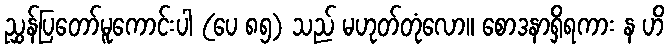
ညွှန်ပြတော်မူကောင်းပါ (ပေ ၈၅) သည် မဟုတ်တုံလော။ စောဒနာရှိရကား န ဟိ